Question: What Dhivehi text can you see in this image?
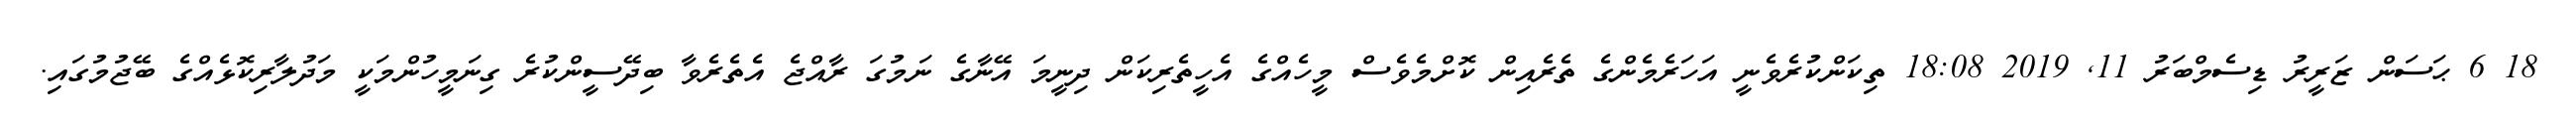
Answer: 18 6 ޙަސަން ޒަރީރު ޑިސެމްބަރު 11, 2019 18:08 ތިކަންކުރެވެނީ އަހަރެމެންގެ ތެރެއިން ކޮށްމެވެސް މީހެއްގެ އެހީތެރިކަން ދިނީމަ އޭނާގެ ނަމުގަ ރާއްޖެ އެތެރެވާ ބިދޭސީންކުރެ ގިނަމީހުންމަކީ މަދުލާރިކޮޅެއްގެ ބޭޖުމުގައި.